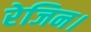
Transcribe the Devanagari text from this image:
रेजिन।